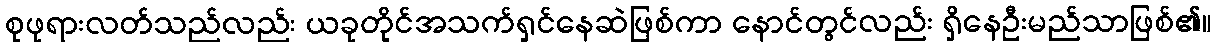
စုဖုရားလတ်သည်လည်း ယခုတိုင်အသက်ရှင်နေဆဲဖြစ်ကာ နောင်တွင်လည်း ရှိနေဦးမည်သာဖြစ်၏။